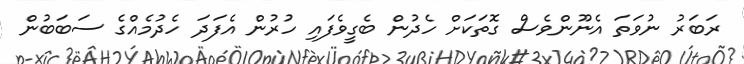
ރަބަރު ނުވަތަ އެނޫންވެސް ގޮތަކަށް ހެދުން ބެގީވެފައި ހުރުން އެފަދަ ހެދުމެއްގެ ސަބަބުން